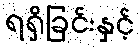
ရရှိခြင်းနှင့်